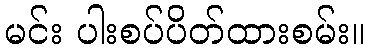
မင်း ပါးစပ်ပိတ်ထားစမ်း။